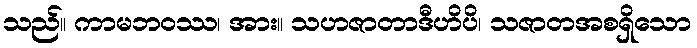
သည်။ ကာမဘဝဿ၊ အား။ သဟဇာတာဒီဟိပိ၊ သဇာတအစရှိသော